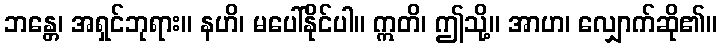
ဘန္တေ၊ အရှင်ဘုရား။ နဟိ၊ မပေါ်နိုင်ပါ။ ဣတိ၊ ဤသို့။ အာဟ၊ လျှောက်ဆို၏။